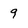
Character: 9